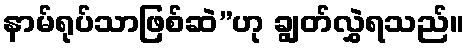
နာမ်ရုပ်သာဖြစ်ဆဲ”ဟု ချွတ်လွှဲရသည်။